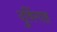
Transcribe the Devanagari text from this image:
दुर्विगाह